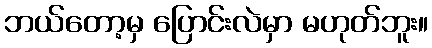
ဘယ်တော့မှ ပြောင်းလဲမှာ မဟုတ်ဘူး။